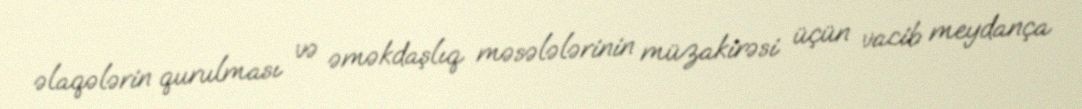
əlaqələrin qurulması və əməkdaşlıq məsələlərinin müzakirəsi üçün vacib meydança